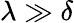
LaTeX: \lambda\gg\delta